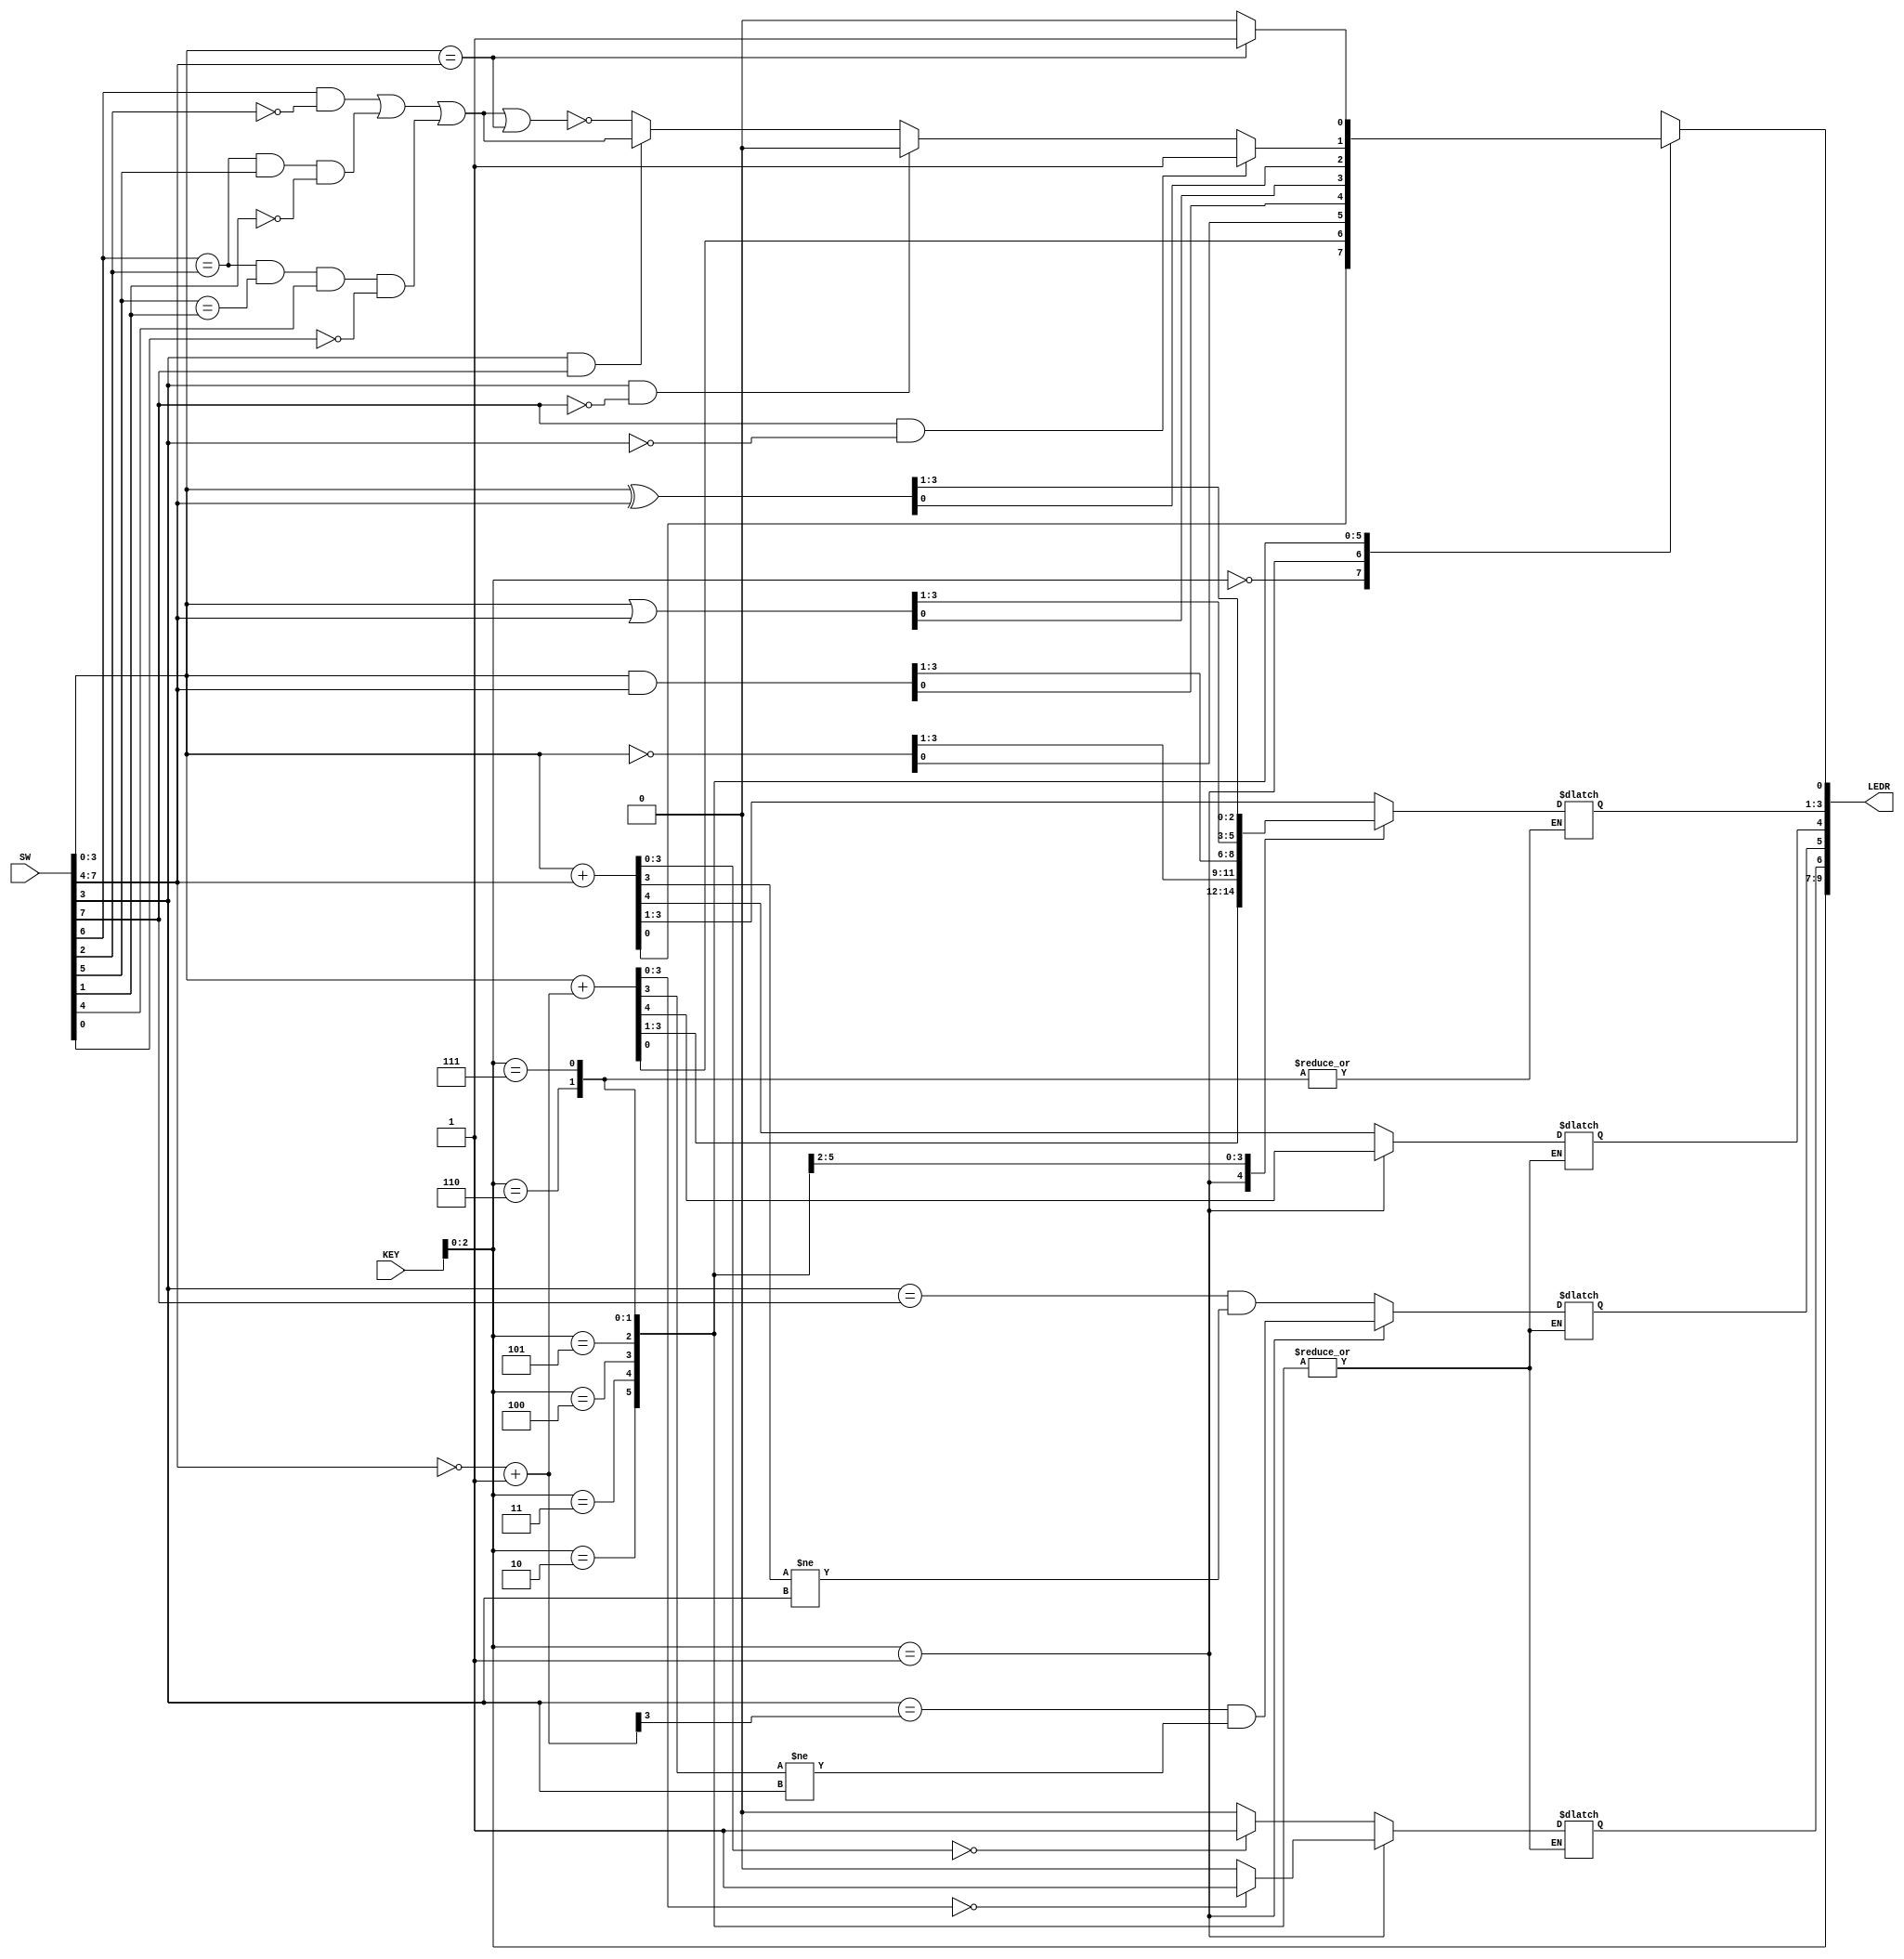

//=======================================================
//  This code is generated by Terasic System Builder
//=======================================================

module EXP3_2(

	//////////// KEY //////////
	input 		     [3:0]		KEY,

	//////////// SW //////////
	input 		     [9:0]		SW,

	//////////// LED //////////
	output	reg     [9:0]		LEDR
);



//=======================================================
//  REG/WIRE declarations
//=======================================================
reg [3:0]later;



//=======================================================
//  Structural coding
//=======================================================
always @ (KEY)
begin
	LEDR[9:7] = KEY[2:0];
	case(KEY[2:0])
	3'b000:begin //
		later[3:0] = SW[7:4];
		{LEDR[4],LEDR[3:0]} = SW[3:0] + SW[7:4]; 
		LEDR[5] = (SW[3] == SW[7])&&(LEDR[3] != SW[3]);
		LEDR[6] = (LEDR[3:0] == 4'b0000)?1:0;
	end
	3'b001:begin //
		later[3:0] = ~SW[7:4] + 1;
		{LEDR[4],LEDR[3:0]} = SW[3:0] + later[3:0]; 
		LEDR[5] = (SW[3] == later[3])&&(LEDR[3] != SW[3]);
		LEDR[6] = (LEDR[3:0] == 4'b0000)?1:0;
	end
	3'b010:begin //
		LEDR[3:0] = ~SW[3:0];
	end
	3'b011:begin //
		LEDR[3:0] = SW[3:0] & SW[7:4];
	end
	3'b100:begin //
		LEDR[3:0] = SW[3:0] | SW[7:4];
	end
	3'b101:begin //
		LEDR[3:0] = SW[3:0] ^ SW[7:4];
	end
	3'b110:begin //
		if(SW[7]&&!SW[3])
			LEDR[0] = 1;
		else if(SW[3]&&!SW[7])
			LEDR[0] = 0;
		else if(SW[3]&&SW[7])
		begin
			LEDR[0] = (SW[6]&&!SW[2]) || ((SW[6]==SW[2])&&SW[5]&&!SW[1])
			|| ((SW[6]==SW[2])&&(SW[5]==SW[1])&&SW[4]&&!SW[0]);
		end
		else
		begin
			LEDR[0] = !((SW[6]&&!SW[2]) || ((SW[6]==SW[2])&&SW[5]&&!SW[1])
			|| ((SW[6]==SW[2])&&(SW[5]==SW[1])&&SW[4]&&!SW[0]) || (SW[3:0] == SW[7:4]));
		end
	end
	3'b111:begin //
		LEDR[0] = (SW[3:0] == SW[7:4])?1:0;
	end
	endcase
	
end
endmodule